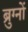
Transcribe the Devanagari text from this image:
ब्रुग्नों